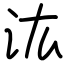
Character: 汯